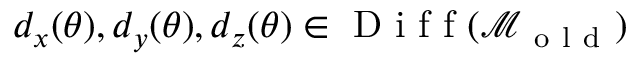
d _ { x } ( \theta ) , d _ { y } ( \theta ) , d _ { z } ( \theta ) \in \mathrm { ~ D ~ i ~ f ~ f ~ } ( \mathcal { M } _ { \mathrm { ~ o ~ l ~ d ~ } } )